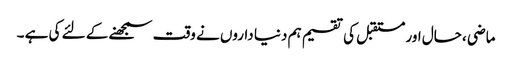
ماضی ، حال اور مستقبل کی تقسیم ہم دنیا داروں نے وقت سمجھنے کے لئے کی ہے ۔